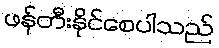
ဖန်တီးနိုင်စေပါသည်